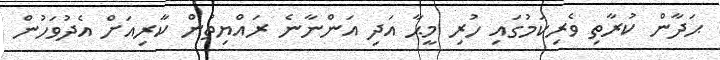
ޙަދާން ކުރާތި ވެރިކަމުގައި ހުރި މީޙާ އަދި އަންނާނެ ރައްޔިތުން ކާރިއަށް އެދުވަހުން